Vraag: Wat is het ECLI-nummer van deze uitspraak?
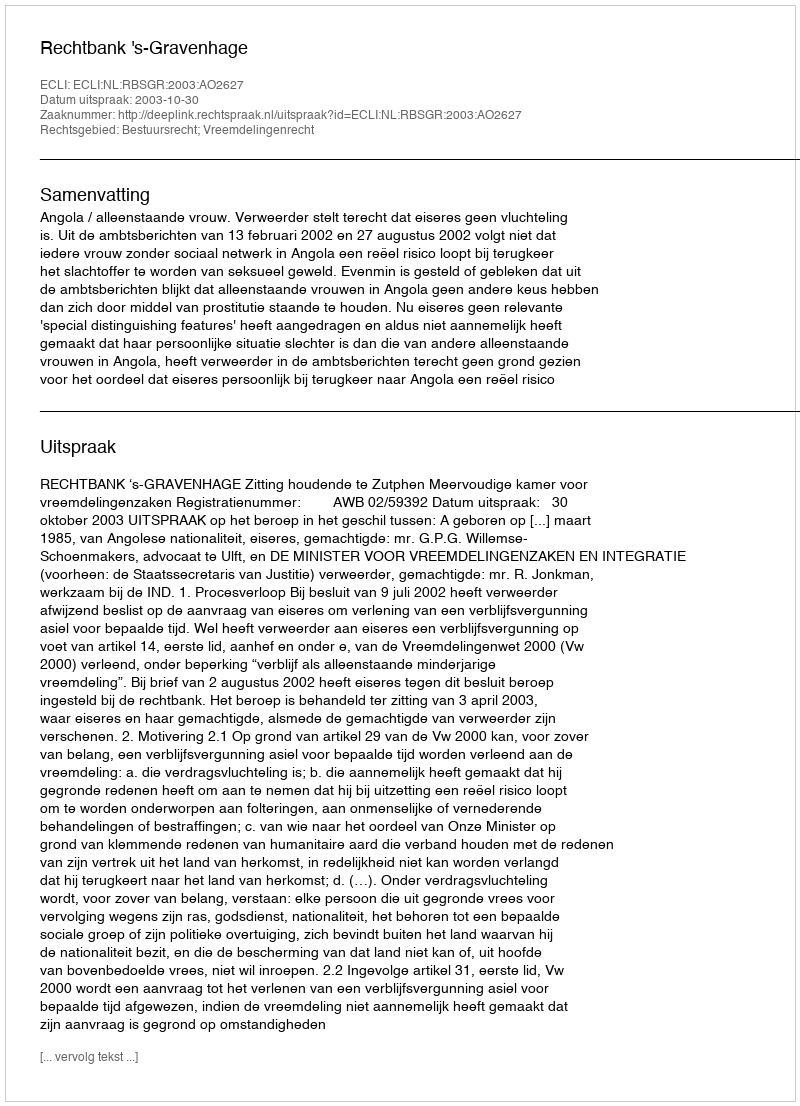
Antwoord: ECLI:NL:RBSGR:2003:AO2627